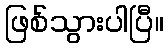
ဖြစ်သွားပါပြီ။